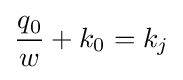
{\frac {q_{0}}{w}}+k_{0}=k_{j}